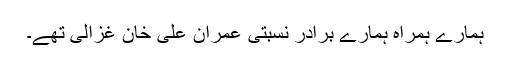
ہمارے ہمراہ ہمارے برادر نسبتی عمران علی خان غزالی تھے۔